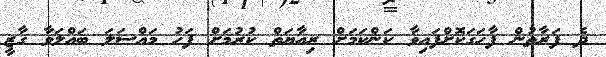
ދެ ފަރާތުން ފާހަގަކޮށްފައިވާ ކަންކަމަށް ރިއާޔަތް ކުރުމަށް ފަހު މައްސަލަ ބައްލަވާ ގާޒީ